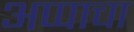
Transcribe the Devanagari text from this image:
अप्पाचा